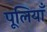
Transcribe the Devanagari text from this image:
पूलियाँ